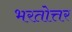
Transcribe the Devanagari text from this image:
भरतोत्तर